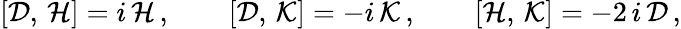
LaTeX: [{\cal D},\, {\cal H}]=i\, {\cal H}\, ,\qquad[{\cal D},\, {\cal K}]=-i\, {\cal K}\, ,\qquad[{\cal H},\, {\cal K}]=-2\, i\, {\cal D}\, ,